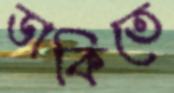
ডাকিতে